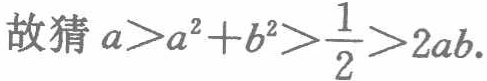
故猜 \(a > a^{2}+b^{2}>\frac{1}{2}>2ab\).